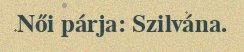
Női párja: Szilvána.